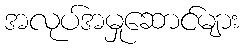
အလုပ်အမှုဆောင်များ